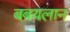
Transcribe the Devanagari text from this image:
बबयलान